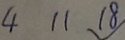
4 1 1 1 8